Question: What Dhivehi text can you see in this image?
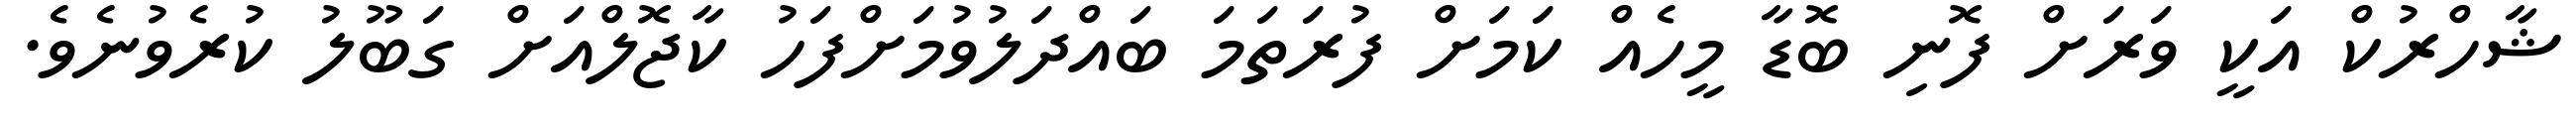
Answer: ޝާހްރުކް އަކީ ވަރަށް ފޮނި ބޮޑާ މީހެއް ކަމަށް ފުރަތަމަ ބައްދަލުވުމަށްފަހު ކާޖޮލްއަށް ގަބޫލު ކުރެވުނެވެ.